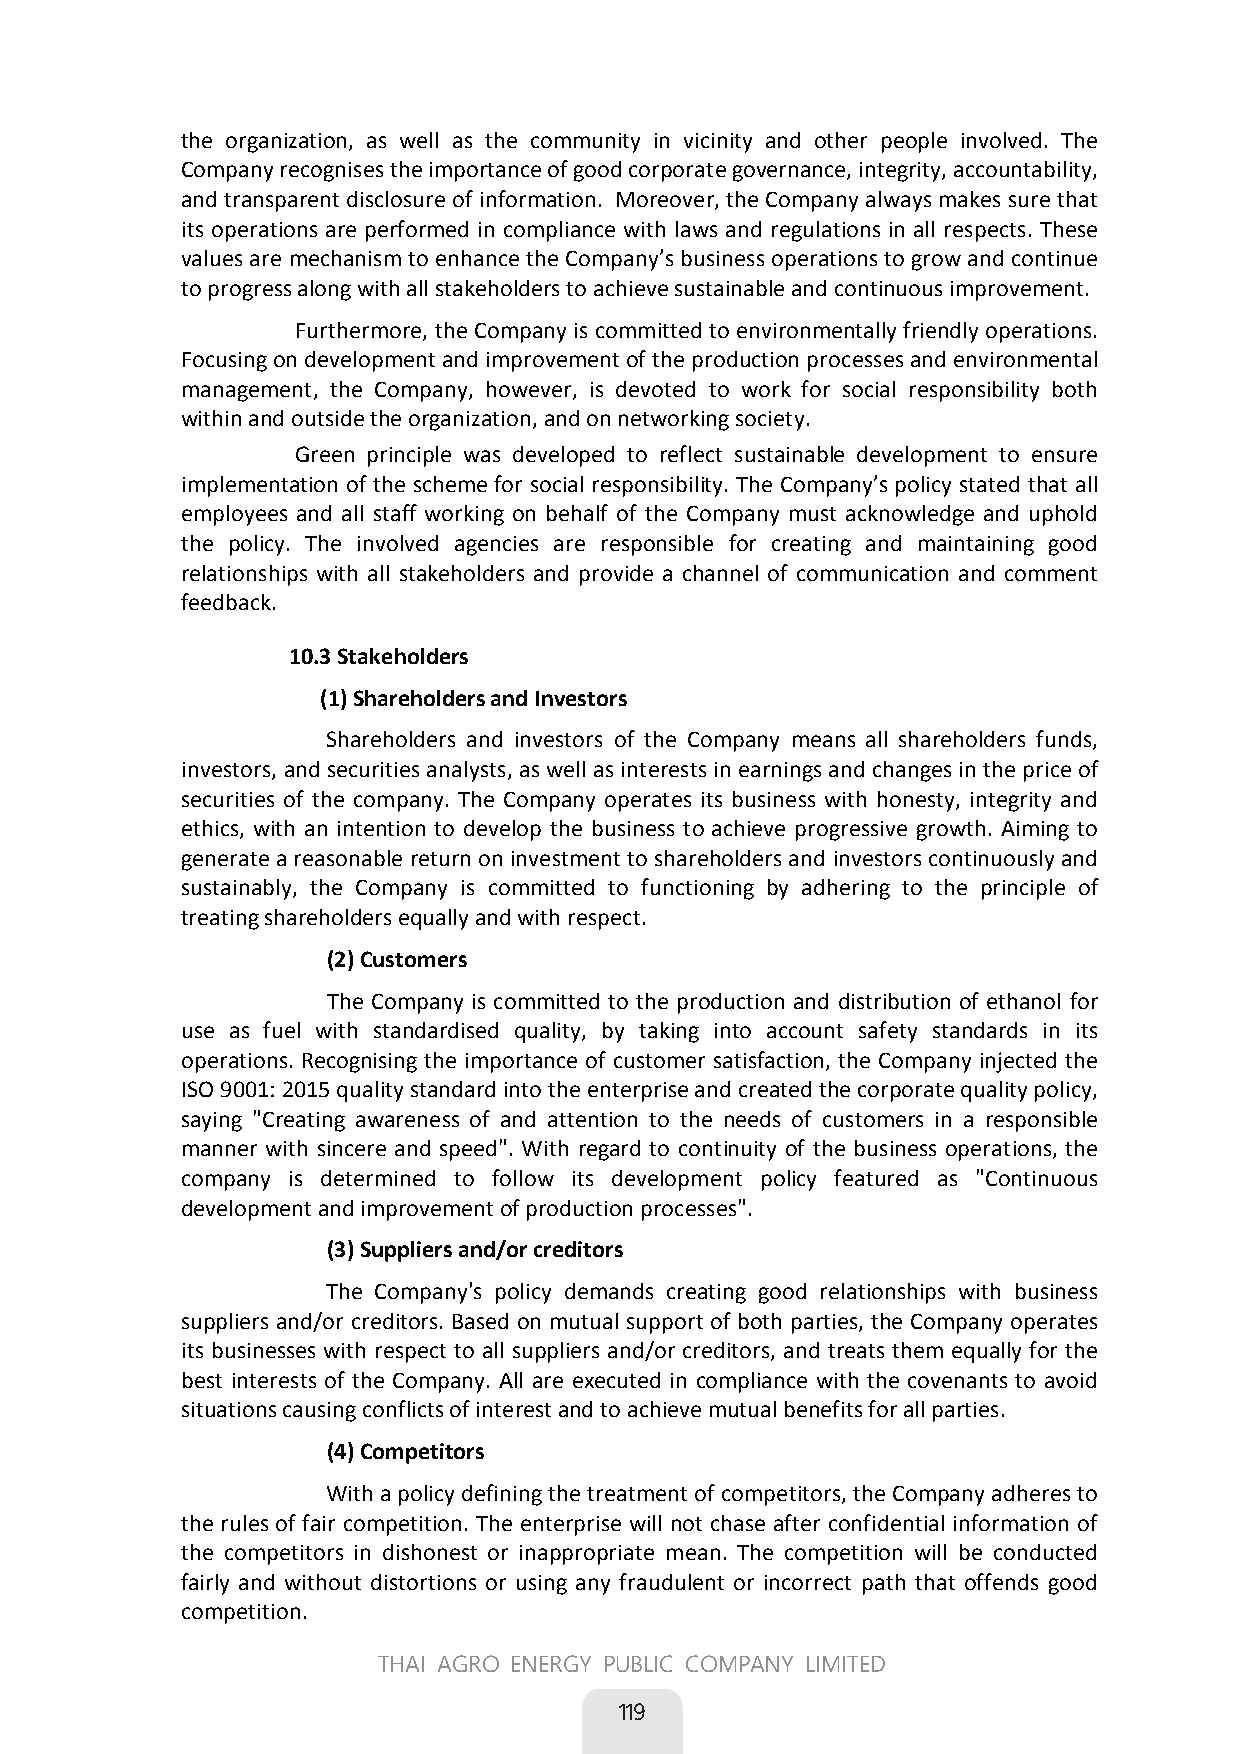
the organization, as well as the community in vicinity and other people involved. The
 Company recognises the importance of good corporate governance, integrity, accountability,
 and transparent disclosure of information. Moreover, the Company always makes sure that
 its operations are performed in compliance with laws and regulations in all respects. These
 values are mechanism to enhance the Company’s business operations to grow and continue
 to progress along with all stakeholders to achieve sustainable and continuous improvement.
 Furthermore, the Company is committed to environmentally friendly operations.
 Focusing on development and improvement of the production processes and environmental
 management, the Company, however, is devoted to work for social responsibility both
 within and outside the organization, and on networking society.
 Green principle was developed to reflect sustainable development to ensure
 implementation of the scheme for social responsibility. The Company’s policy stated that all
 employees and all staff working on behalf of the Company must acknowledge and uphold
 the policy. The involved agencies are responsible for creating and maintaining good
 relationships with all stakeholders and provide a channel of communication and comment
 feedback.
 10.3 Stakeholders
 (1) Shareholders and Investors
 Shareholders and investors of the Company means all shareholders funds,
 investors, and securities analysts, as well as interests in earnings and changes in the price of
 securities of the company. The Company operates its business with honesty, integrity and
 ethics, with an intention to develop the business to achieve progressive growth. Aiming to
 generate a reasonable return on investment to shareholders and investors continuously and
 sustainably, the Company is committed to functioning by adhering to the principle of
 treating shareholders equally and with respect.
 (2) Customers
 The Company is committed to the production and distribution of ethanol for
 use as fuel with standardised quality, by taking into account safety standards in its
 operations. Recognising the importance of customer satisfaction, the Company injected the
 ISO 9001: 2015 quality standard into the enterprise and created the corporate quality policy,
 saying "Creating awareness of and attention to the needs of customers in a responsible
 manner with sincere and speed". With regard to continuity of the business operations, the
 company is determined to follow its development policy featured as "Continuous
 development and improvement of production processes".
 (3) Suppliers and/or creditors
 The Company's policy demands creating good relationships with business
 suppliers and/or creditors. Based on mutual support of both parties, the Company operates
 its businesses with respect to all suppliers and/or creditors, and treats them equally for the
 best interests of the Company. All are executed in compliance with the covenants to avoid
 situations causing conflicts of interest and to achieve mutual benefits for all parties.
 (4) Competitors
 With a policy defining the treatment of competitors, the Company adheres to
 the rules of fair competition. The enterprise will not chase after confidential information of
 the competitors in dishonest or inappropriate mean. The competition will be conducted
 fairly and without distortions or using any fraudulent or incorrect path that offends good
 competition.
 81
 THAI AGRO ENERGY PUBLIC COMPANY LIMITED
 
 119